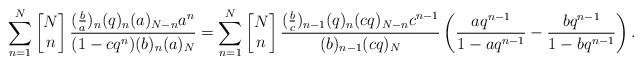
LaTeX: \begin{align*}\sum_{n=1}^{N}\left[\begin{matrix} N\\n\end{matrix}\right]\frac{(\frac{b}{a})_{n}(q)_{n}(a)_{N-n}a^{n}}{(1-cq^{n})(b)_n(a)_N}=\sum_{n=1}^{N}\left[\begin{matrix} N\\n\end{matrix}\right]\frac{(\frac{b}{c})_{n-1}(q)_n (cq)_{N-n}c^{n-1}}{(b)_{n-1}(cq)_N}\left(\frac{aq^{n-1}}{1-aq^{n-1}}-\frac{bq^{n-1}}{1-bq^{n-1}}\right).\end{align*}